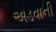
અડવાની